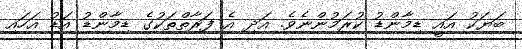
ބަޔަކު އައީ ޑިމާންޑު ކުރަމުންނެވެ. އަދި އެ ފަރާތްތަކުގެ ޑިމާންޑު އަޑު އަހައި